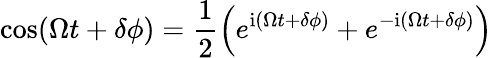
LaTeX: \cos(\Omega t+\delta\phi)=\frac{1}{2}\left(e^{\mathrm{i}(\Omega t+\delta\phi)}+e^{-\mathrm{i}(\Omega t+\delta\phi)}\right)